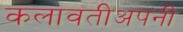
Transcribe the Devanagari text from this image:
कलावतीअपनी